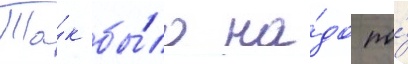
Та́к бы́ло на́до по́